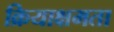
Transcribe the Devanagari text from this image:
क्रियाक्षमता